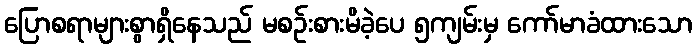
ပြောစရာများစွာရှိနေသည် မစဉ်းစားမိခဲ့ပေ ၅ကျမ်းမှ ကော်မာခံထားသော